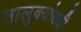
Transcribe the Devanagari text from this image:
तालुक्यांतही